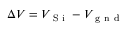
\Delta V = V _ { \mathrm { ~ S ~ i ~ } } - V _ { \mathrm { ~ g ~ n ~ d ~ } }